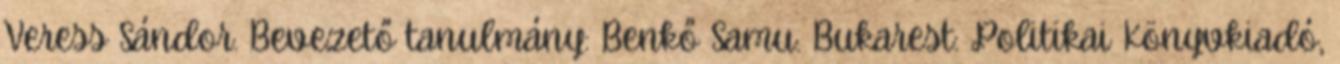
Veress Sándor. Bevezető tanulmány: Benkő Samu. Bukarest: Politikai Könyvkiadó,